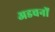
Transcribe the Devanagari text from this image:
अडचनों